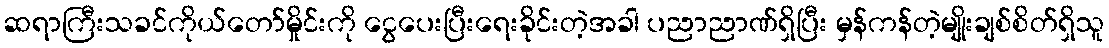
ဆရာကြီးသခင်ကိုယ်တော်မှိုင်းကို ငွေပေးပြီးရေးခိုင်းတဲ့အခါ ပညာညာဏ်ရှိပြီး မှန်ကန်တဲ့မျိုးချစ်စိတ်ရှိသူ